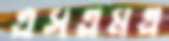
এসএমএ